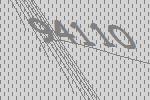
94110